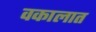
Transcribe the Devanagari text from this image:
वकालात